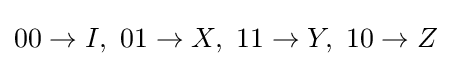
00\to I,\,\,01\to X,\,\,11\to Y,\,\,10\to Z